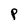
Character: P